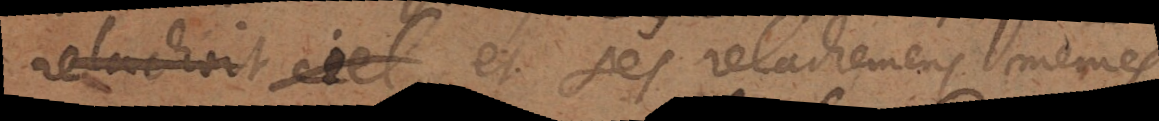
relachoit ciel et ses relachemens mêmes